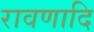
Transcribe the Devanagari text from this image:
रावणादि